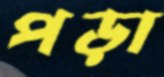
পড়া